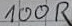
Text: 100R